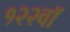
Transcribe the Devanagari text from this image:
१२२वॉ